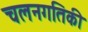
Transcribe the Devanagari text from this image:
चलनगतिकी